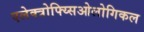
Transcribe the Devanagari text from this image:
एलेक्त्रोफ्य्सिओलोगिकल